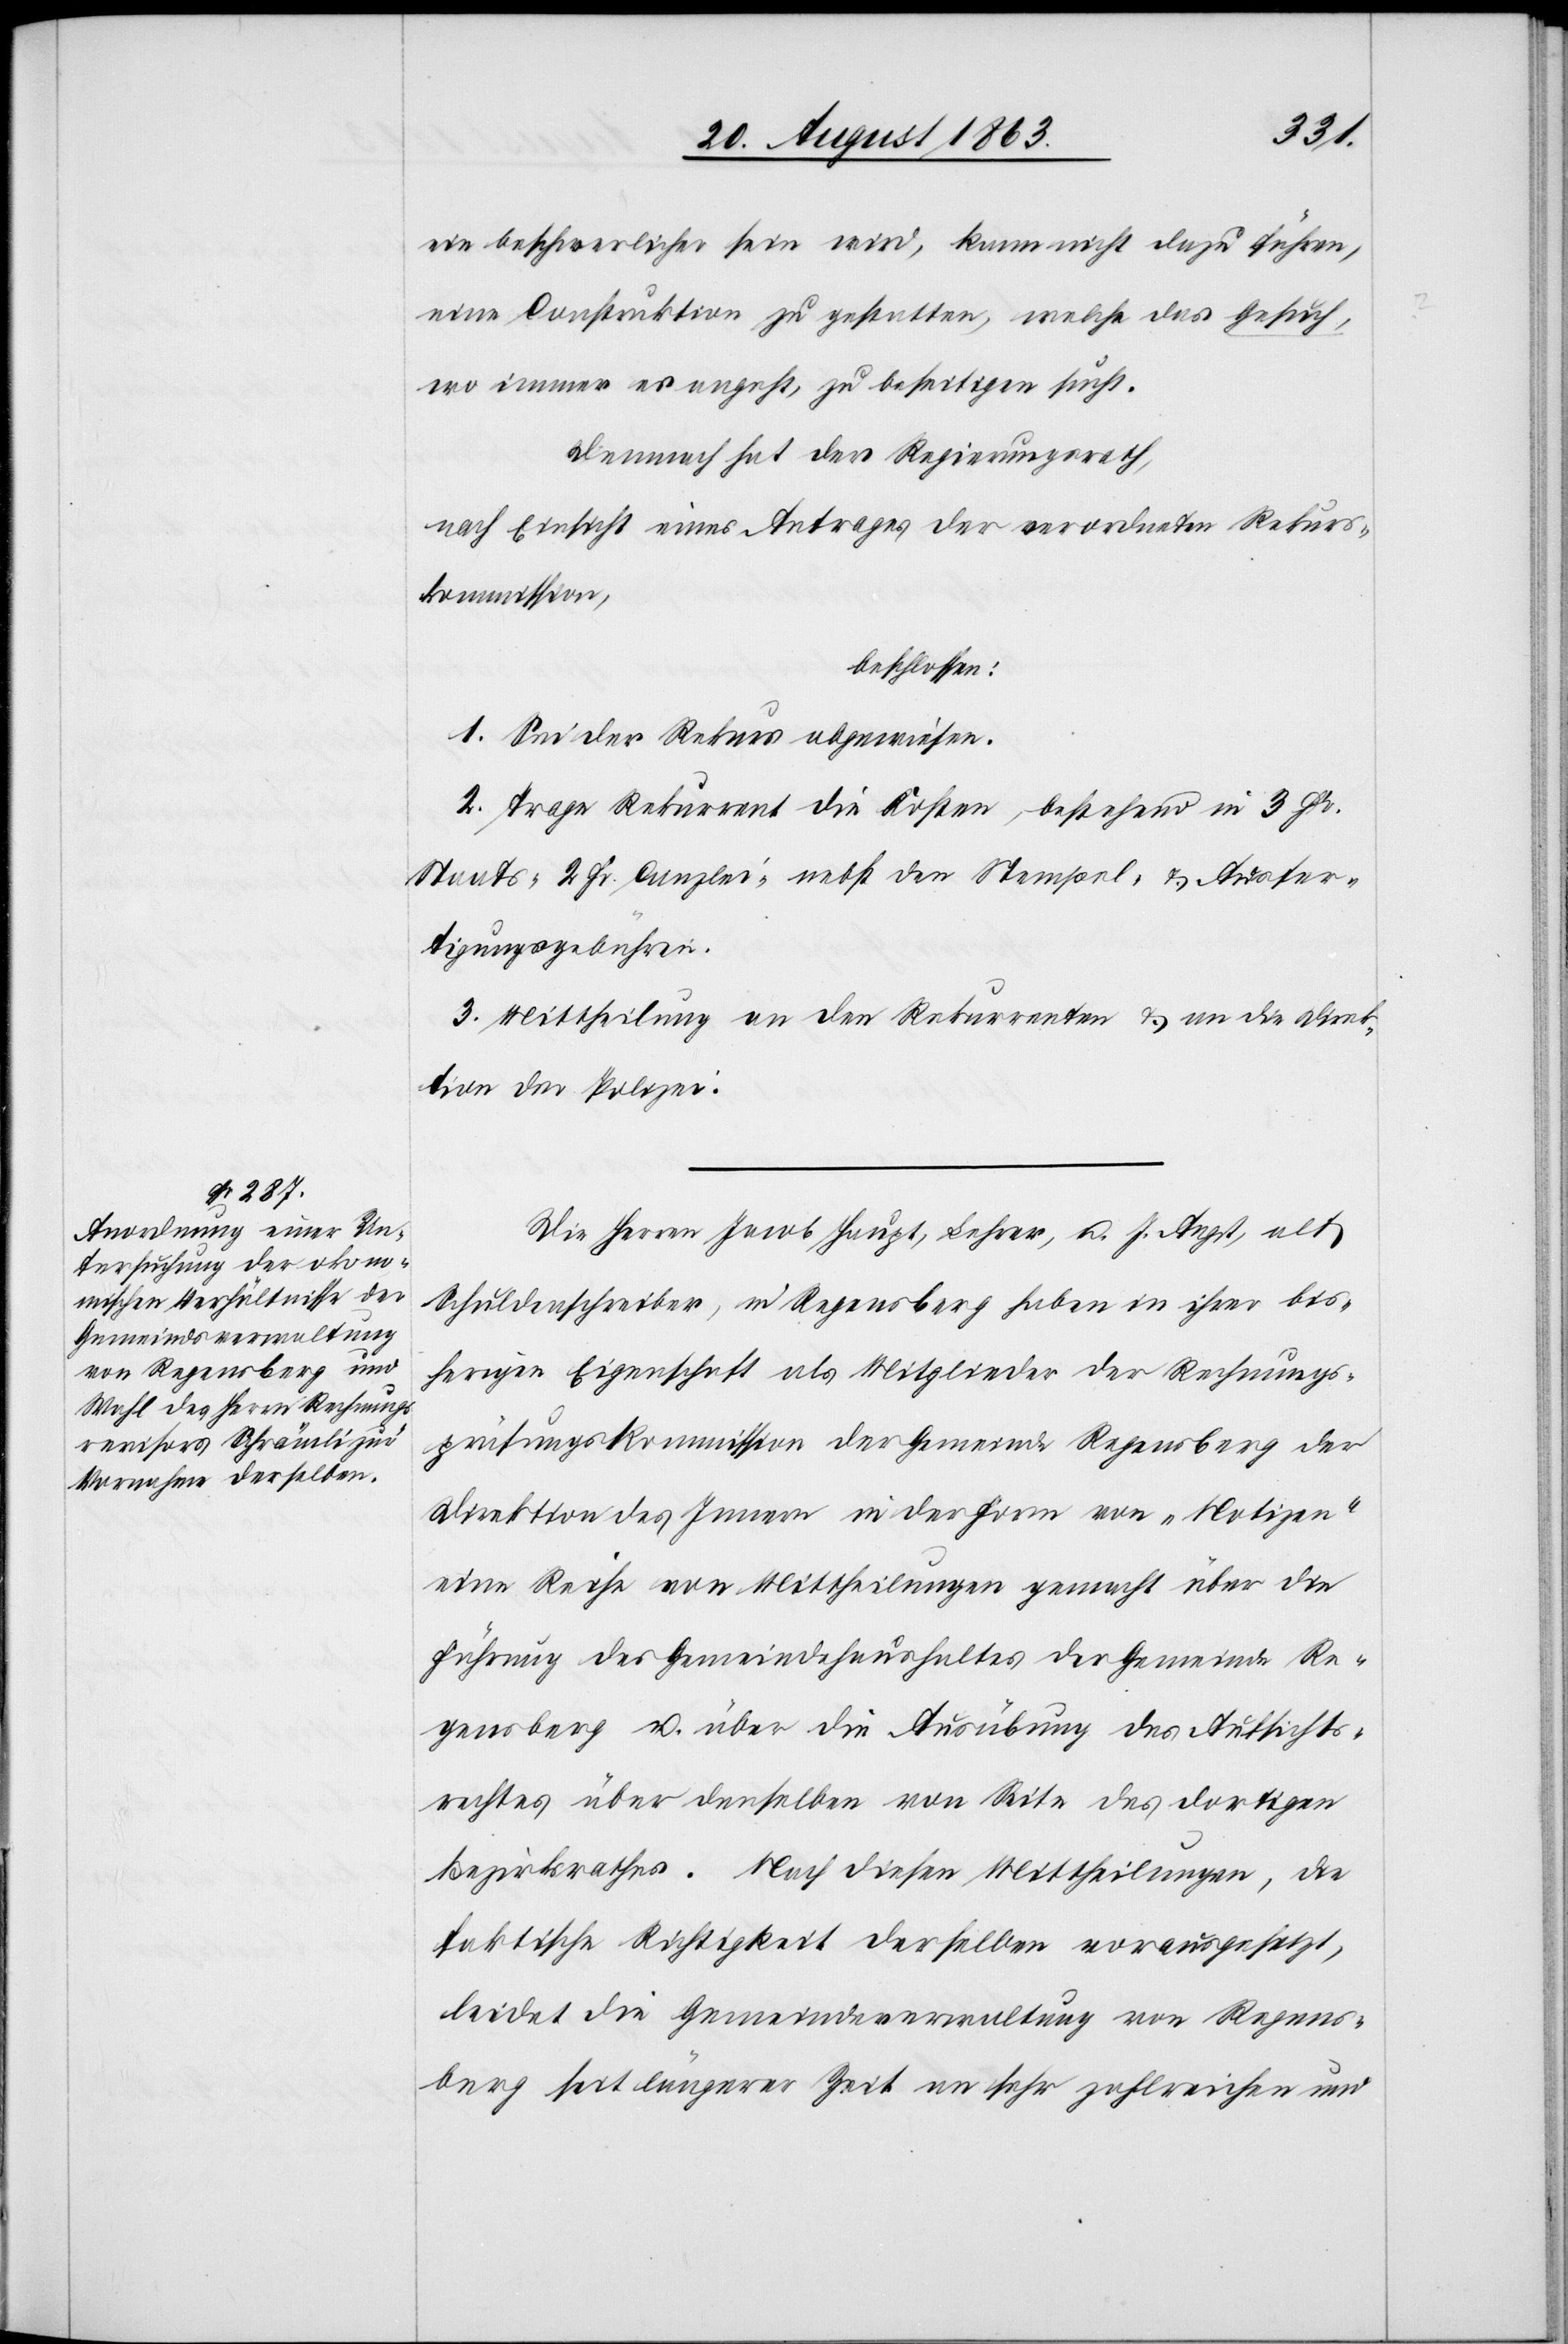
ein beschwerlicher sein wird, kann nicht dazu führen,
eine Construktion zu gestatten, welche das Gesuch,
wo immer es angeht, zu beseitigen sucht.
Demnach hat der Regierungsrath,
nach Einsicht eines Antrages der verordneten Rekurs¬
kommission,
beschlossen:
1. Sei der Rekurs abgewiesen.
2. Trage Rekurrent die Kosten, bestehend in 3 Fr.
Staats-[,] 2 Fr. Canzlei- nebst den Stempel- & Ausfer¬
tigungsgebühren.
3. Mittheilung an den Rekurrenten & an die Direk¬
tion der Polizei.
Die Herren Jacob Haupt, Lehrer, u. J. Angst, als
Schuldenschreiber, in Regensberg haben in ihrer bis¬
herigen Eigenschaft als Mitglieder der Rechnungs¬
prüfungskommission der Gemeinde Regensberg der
Direktion des Innern in der Form von „Notizen“
eine Reihe von Mittheilungen gemacht über die
Führung des Gemeindehaushaltes der Gemeinde Re¬
gensberg u. über die Ausübung des Aufsichts¬
rechtes über denselben von Seite des dortigen
Bezirksrathes. Nach diesen Mittheilungen, die
faktische Richtigkeit derselben vorausgesetzt,
leidet die Gemeindeverwaltung von Regens¬
berg seit längerer Zeit an sehr zahlreichen und